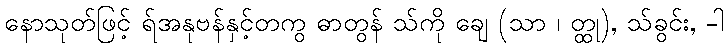
နောသုတ်ဖြင့် ရ်အနုဗန်နှင့်တကွ ဓာတွန် သ်ကို ချေ (သာ ၊ တ္ထု), သ်ခွင်း, -ါ